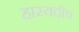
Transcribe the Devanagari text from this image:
हास्यदीप